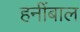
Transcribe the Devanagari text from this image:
हनींबाल